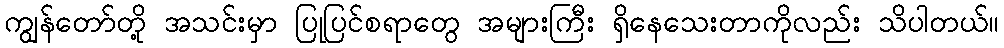
ကျွန်တော်တို့ အသင်းမှာ ပြုပြင်စရာတွေ အများကြီး ရှိနေသေးတာကိုလည်း သိပါတယ်။